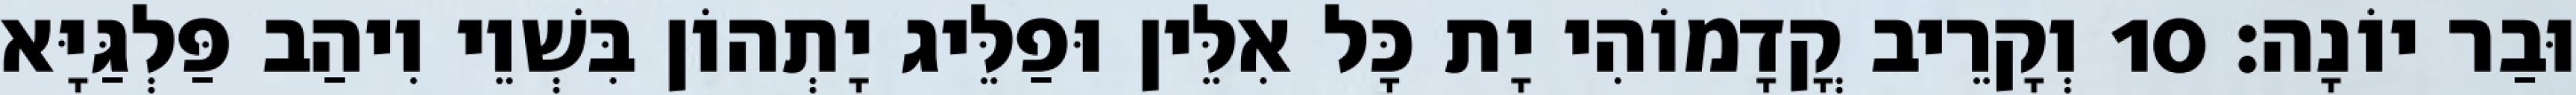
וּבַר יוֹנָה׃ 10 וְקָרֵיב קֳדָמוֹהִי יָת כָּל אִלֵּין וּפַלֵּיג יָתְהוֹן בִּשְׁוֵי וִיהַב פַּלְגַּיָּא